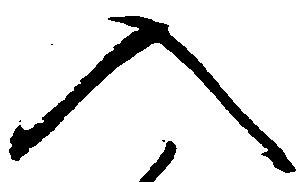
入